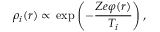
\rho _ { i } ( \boldsymbol { r } ) \propto \, \exp \left( - \frac { Z e \varphi ( \boldsymbol { r } ) } { T _ { i } } \right) ,